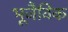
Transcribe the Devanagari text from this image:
भूजैविक